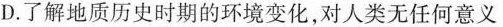
D.了解地质历史时期的环境变化，对人类无任何意义